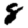
Digit: 8